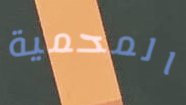
المحمية